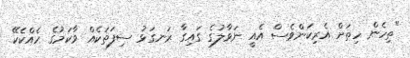
"ތިހެން ހިތަށް އެރިކަންވެސް އެއީ ނަވާލުގެ ގައިގާ ރަނގަޅު ސިފަތަކެއް ވާކަމުގެ ހެއްކެކޭ